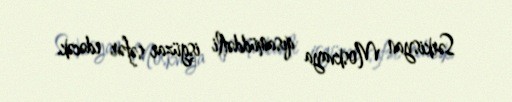
Sərkisyan Moskvaya qısamüddətli işgüzar səfər edəcək.